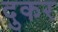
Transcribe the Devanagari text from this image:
दुकर